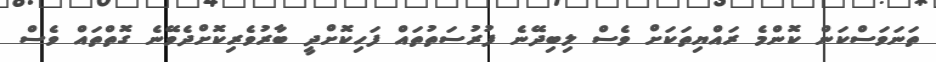
ތަނަވަސްކަން ކޮންމެ ރައްޔިތަކަށް ވެސް ލިބިދޭނެ ފުރުސަތުތައް ފަހިކޮށްދީ ބާރުވެރިކޮށްދެވޭނެ ގޮތްތައް ވެސް